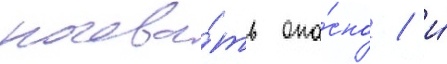
ночева́ть опа́сно / и́